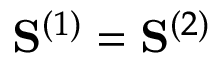
\mathbf { S } ^ { ( 1 ) } = \mathbf { S } ^ { ( 2 ) }